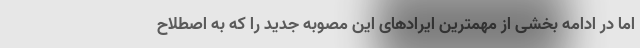
اما در ادامه بخشی از مهمترین ایرادهای این مصوبه جدید را که به اصطلاح